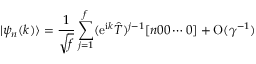
| \psi _ { n } ( k ) \rangle = { \frac { 1 } { \sqrt { f } } } \sum _ { j = 1 } \sp { f } ( \mathrm { e } \sp { \mathrm { i } k } \hat { T } ) \sp { j - 1 } [ n 0 0 \cdots 0 ] + \mathrm { O } ( \gamma \sp { - 1 } )